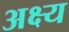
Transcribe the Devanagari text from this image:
अक्ष्य